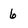
Character: 6